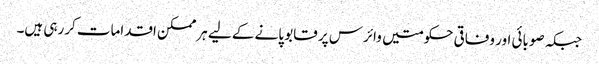
جبکہ صوبائی اور وفاقی حکومتیں وائرس پر قابو پانے کے لیے ہرممکن اقدامات کررہی ہیں۔